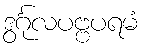
ဒွင်္ဂုလပဗ္ဗပရမံ